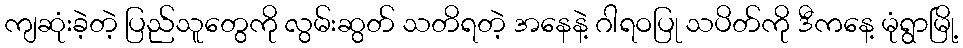
ကျဆုံးခဲ့တဲ့ ပြည်သူတွေကို လွမ်းဆွတ် သတိရတဲ့ အနေနဲ့ ဂါရဝပြု သပိတ်ကို ဒီကနေ့ မုံရွာမြို့